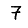
Digit: 7